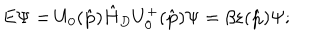
LaTeX: E \Psi = U _ { 0 } ( \hat { \bf p } ) \hat { H } _ { D } U _ { 0 } ^ { + } ( \hat { \bf p } ) \Psi = \beta \varepsilon ( \hat { \bf p } ) \Psi ;